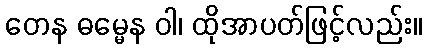
တေန ဓမ္မေန ဝါ၊ ထိုအာပတ်ဖြင့်လည်း။